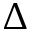
\Delta